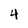
Character: 4